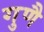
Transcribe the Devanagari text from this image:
गुणै